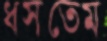
ধসতেম